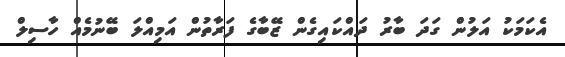
އެކަމަކު އަލުން ގަދަ ބާރު ދައްކައިގެން ޒޭބާގެ ފަރާތުން އަމިއްލަ ބޭނުމެއް ހާސިލް